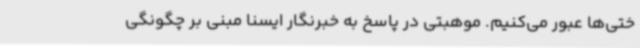
ختی‌ها عبور می‌کنیم. موهبتی در پاسخ به خبرنگار ایسنا مبنی بر چگونگی